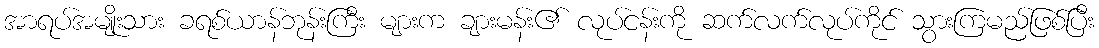
အာရပ်အမျိုးသား ခရစ်ယာန်ဘုန်းကြီး များက ချားမန်း၏ လုပ်ငန်းကို ဆက်လက်လုပ်ကိုင် သွားကြမည်ဖြစ်ပြီး